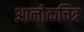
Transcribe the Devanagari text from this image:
आलोकचित्र